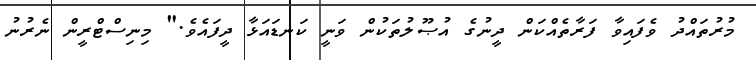
މުރުތައްދު ވެފައިވާ ފަރާތެއްކަން ދީނުގެ އުޞޫލުތަކުން ވަނީ ކަނޑައަޅާ ދީފައެވެ." މިނިސްޓްރީން ނެރުނު